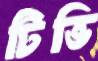
টিভি